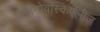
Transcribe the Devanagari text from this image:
वाजनोवस्किएलीज